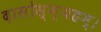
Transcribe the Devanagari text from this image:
दासोस्म्यहम्।